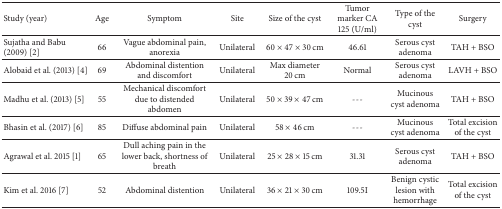
<table><thead><tr><td><b>Study (year)</b></td><td><b>Age</b></td><td><b>Symptom</b></td><td><b>Site</b></td><td><b>Size of the cyst</b></td><td><b>Tumor marker CA 125 (U/ml)</b></td><td><b>Type of the cyst</b></td><td><b>Surgery</b></td></tr></thead><tbody><tr><td>Sujatha and Babu (2009) [2]</td><td>66</td><td>Vague abdominal pain, anorexia</td><td>Unilateral</td><td>60 × 47 × 30 cm</td><td>46.61</td><td>Serous cyst adenoma</td><td>TAH + BSO</td></tr><tr><td>Alobaid et al. (2013) [4]</td><td>69</td><td>Abdominal distention and discomfort</td><td>Unilateral</td><td>Max diameter 20 cm</td><td>Normal</td><td>Serous cyst adenoma</td><td>LAVH + BSO</td></tr><tr><td>Madhu et al. (2013) [5]</td><td> 55</td><td>Mechanical discomfort due to distended abdomen</td><td>Unilateral</td><td>50 × 39 × 47 cm</td><td>-<i> </i>-<i> </i>-</td><td>Mucinous cyst adenoma</td><td>TAH + BSO</td></tr><tr><td>Bhasin et al. (2017) [6]</td><td>85</td><td>Diffuse abdominal pain</td><td>Unilateral</td><td>58 × 46 cm</td><td>-<i> </i>-<i> </i>-</td><td>Mucinous cyst adenoma</td><td>Total excision of the cyst</td></tr><tr><td>Agrawal et al. 2015 [1]</td><td>65</td><td>Dull aching pain in the lower back, shortness of breath</td><td>Unilateral</td><td>25 × 28 × 15 cm</td><td>31.31</td><td>Serous cyst adenoma</td><td>TAH + BSO</td></tr><tr><td>Kim et al. 2016 [7]</td><td>52</td><td>Abdominal distention</td><td>Unilateral</td><td>36 × 21 × 30 cm</td><td>109.5I</td><td>Benign cystic lesion with hemorrhage</td><td>Total excision of the cyst</td></tr></tbody></table>